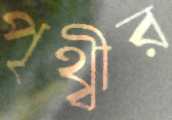
পৃথ্বীর